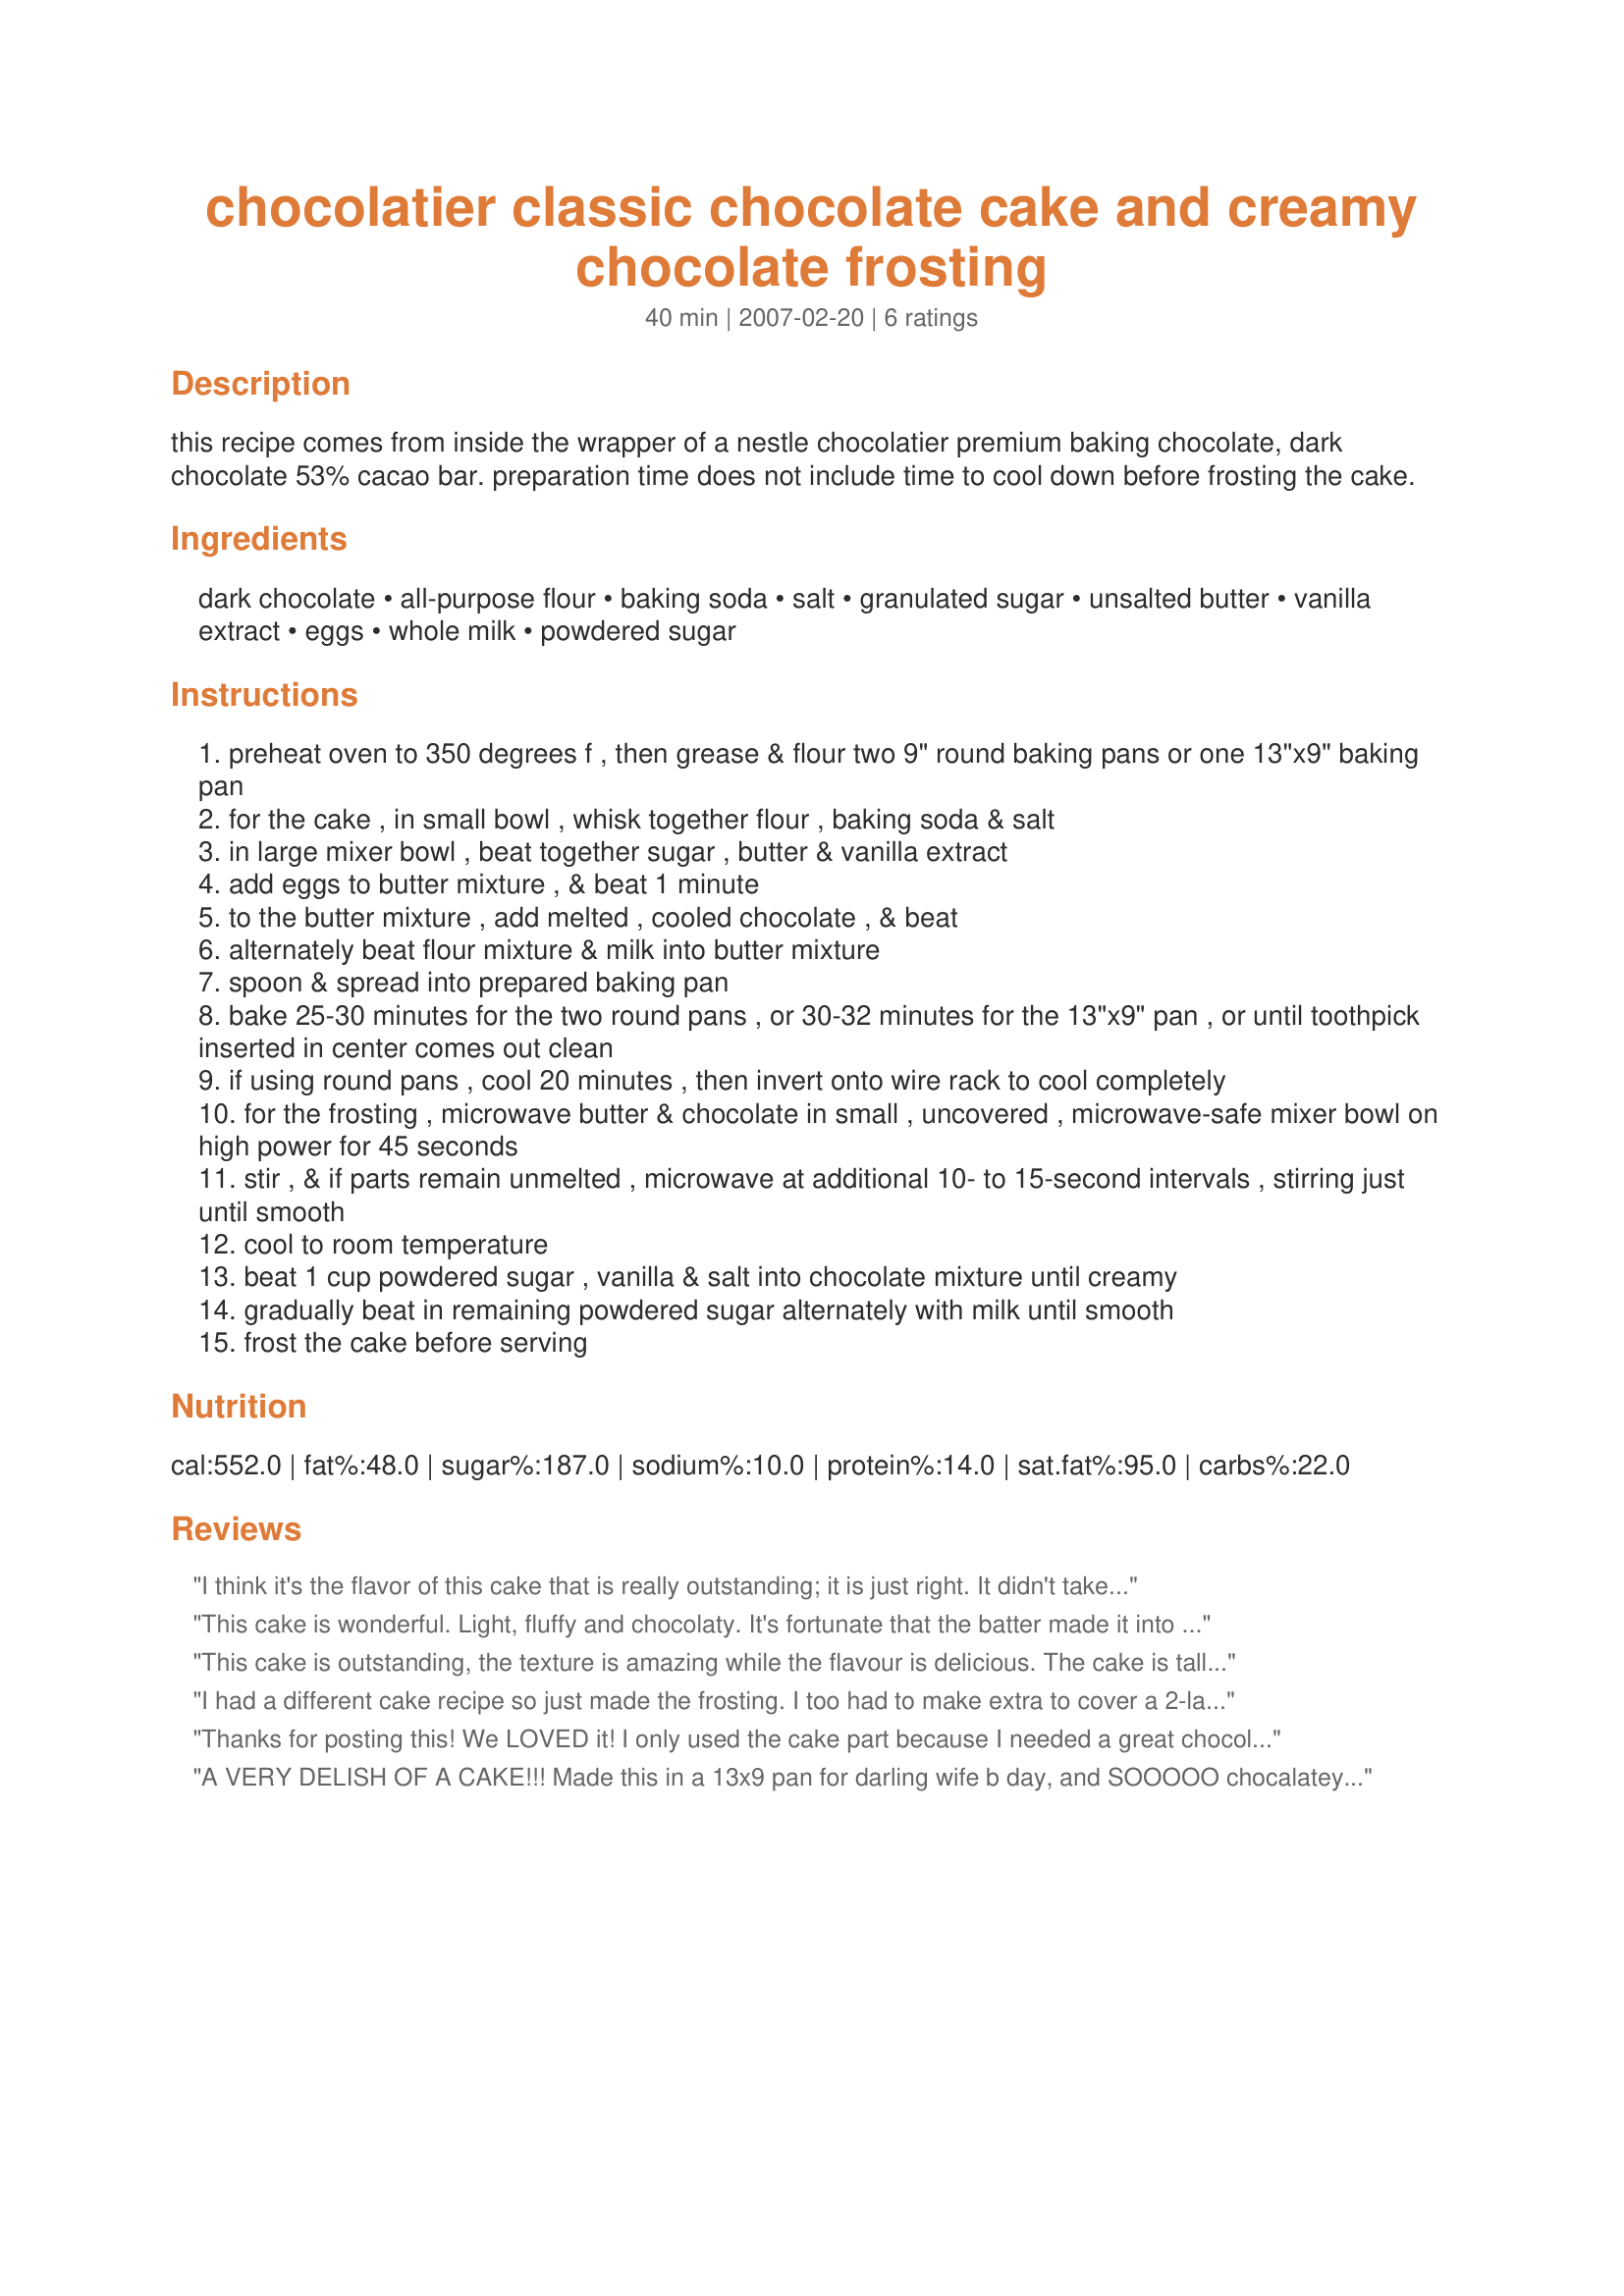
chocolatier classic chocolate cake and creamy chocolate frosting
Preparation time: 40 minutes

this recipe comes from inside the wrapper of a nestle chocolatier premium baking chocolate, dark chocolate 53% cacao bar. preparation time does not include time to cool down before frosting the cake.

Ingredients:
dark chocolate, all-purpose flour, baking soda, salt, granulated sugar, unsalted butter, vanilla extract, eggs, whole milk, powdered sugar

Steps:
preheat oven to 350 degrees f , then grease & flour two 9" round baking pans or one 13"x9" baking pan
for the cake , in small bowl , whisk together flour , baking soda & salt
in large mixer bowl , beat together sugar , butter & vanilla extract
add eggs to butter mixture , & beat 1 minute
to the butter mixture , add melted , cooled chocolate , & beat
alternately beat flour mixture & milk into butter mixture
spoon & spread into prepared baking pan
bake 25-30 minutes for the two round pans , or 30-32 minutes for the 13"x9" pan , or until toothpick inserted in center comes out clean
if using round pans , cool 20 minutes , then invert onto wire rack to cool completely
for the frosting , microwave butter & chocolate in small , uncovered , microwave-safe mixer bowl on high power for 45 seconds
stir , & if parts remain unmelted , microwave at additional 10- to 15-second intervals , stirring just until smooth
cool to room temperature
beat 1 cup powdered sugar , vanilla & salt into chocolate mixture until creamy
gradually beat in remaining powdered sugar alternately with milk until smooth
frost the cake before serving

Reviews:
I think it's the flavor of this cake that is really outstanding; it is just right. It didn't take long at all for my family and guests to make this cake disappear. I thought it would be a "darker" chocolate cake since we use the dark chocolate, but it really wasn't for me. I made a double layer cake and the frosting was "just" enough to frost the whole cake. So, if you like a lot of frosting, I suggest you make a little extra.
This cake is wonderful. Light, fluffy and chocolaty. It's fortunate that the batter made it into the oven as it was so delicious at this stage. Just like a chocolate mousse. Yumm! This cake was easy to prepare if melting the chocolate in the microwave. My 10 yo son declared it "The best cake EVER!"
Thanks for the recipe.
This was made for the Aust/NZ Recipe swap #25, Feb 2009.
This cake is outstanding, the texture is amazing while the flavour is delicious. The cake is tall, crisp, moist and tender, while the frosting is thick, smooth, creamy, rich & chocolatey.
I made the cake in a 13 x 9" pan and it took 50 minutes to bake. Into my keeper box this goes, thanks for sharing.
I had a different cake recipe so just made the frosting. I too had to make extra to cover a 2-layer cake, but it was AWESOME. I did add a touch of whipped cream to make it a little more spreadable, since I'm frosting-application-challenged. Thanks Syd!
Thanks for posting this! We LOVED it! I only used the cake part because I needed a great chocolate cake for my little girl's 6th birthday. She wanted a chocolate Little Mermaid cake. It turned out so light and fluffy plus it was very moist and delicious! What a great cake. I used semi-sweet chocolate because that's what I had on hand. It was just perfect. Thanks, Syd!
A VERY DELISH OF A CAKE!!! Made this in a 13x9 pan for darling wife b day, and SOOOOO chocalatey. We loved the moistness, texture, and definately the chocolate flavor. Keeping this one. Made for Gimme 5 !!
